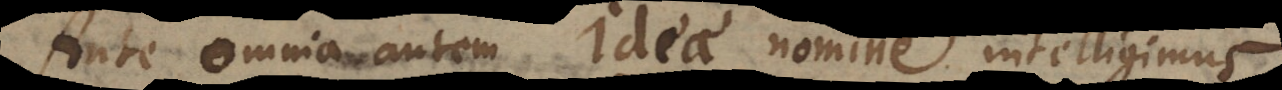
nte omnia I nomine intelligimus